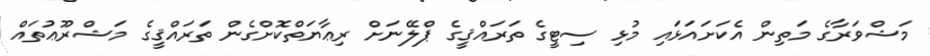
މަޝްވަރާގެ މަތިން އެކަށައަޅައި މުޅި ސިޓީގެ ތަރައްޤީގެ ޕްލޭނަށް ރިޢާޔަތްކޮށްގެން ތަރައްޤީގެ މަޝްރޫޢުތައް